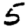
Digit: 5